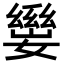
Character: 𡢛